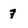
Character: 7